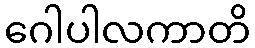
ဂေါပါလကာတိ